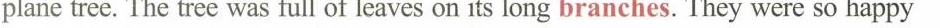
plane tree. The tree was full of leaves on its long branches. They were so happy